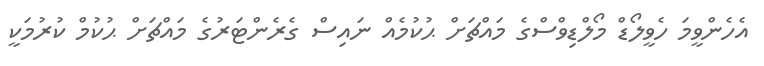
އެހެންވީމަ ހެވީލޯޑް މޯލްޑިވްސްގެ މައްޗަށް ޙުކުމެއް ނައިސް ގެރެންޓަރުގެ މައްޗަށް ޙުކުމް ކުރުމަކީ